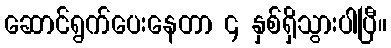
ဆောင်ရွက်ပေးနေတာ ၄ နှစ်ရှိသွားပါပြီ။